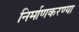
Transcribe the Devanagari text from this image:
निर्माणकरण्या